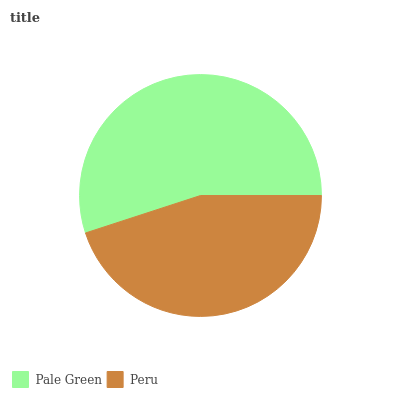
| Pale Green | Peru |
 | --- | --- |
 | 55% | 45% |